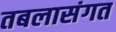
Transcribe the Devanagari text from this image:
तबलासंगत